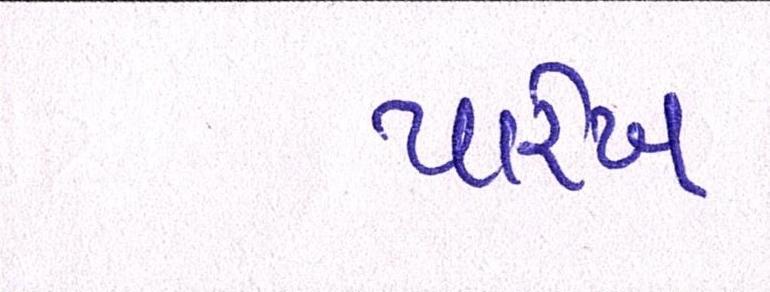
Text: પારેખ